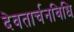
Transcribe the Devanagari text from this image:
देवतार्चनविधि